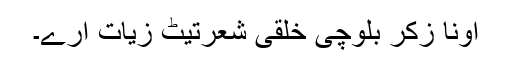
اونا زکر بلوچی خلقی شعرتیٹ زیات ارے۔